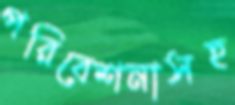
পরিবেশনাসহ